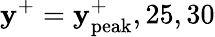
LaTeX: \mathbf{y}^{+}=\mathbf{y}_{\mathrm{{peak}}}^{+},25,30